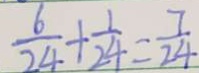
\frac { 6 } { 2 4 } + \frac { 1 } { 2 4 } = \frac { 7 } { 2 4 }